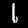
Digit: 1